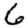
Digit: 6